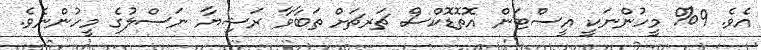
އެވެ. 9% މީހުންނަކީ އީސްޓަން އޮތޮޑޮކްސް ޗަރޗަށް ތަބާވާ ރަޝިޔާ ނަސްލުގެ މީހުންނެވެ.